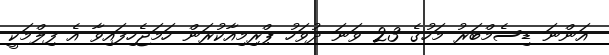
އަންނަ ޑިސެމްބަރު މަހުގެ 23 ވަނަ ދުވަހު ޕްރިމިއާކުރަން ހަމަޖެހިފައިވާ އެ ފިލްމަކީ